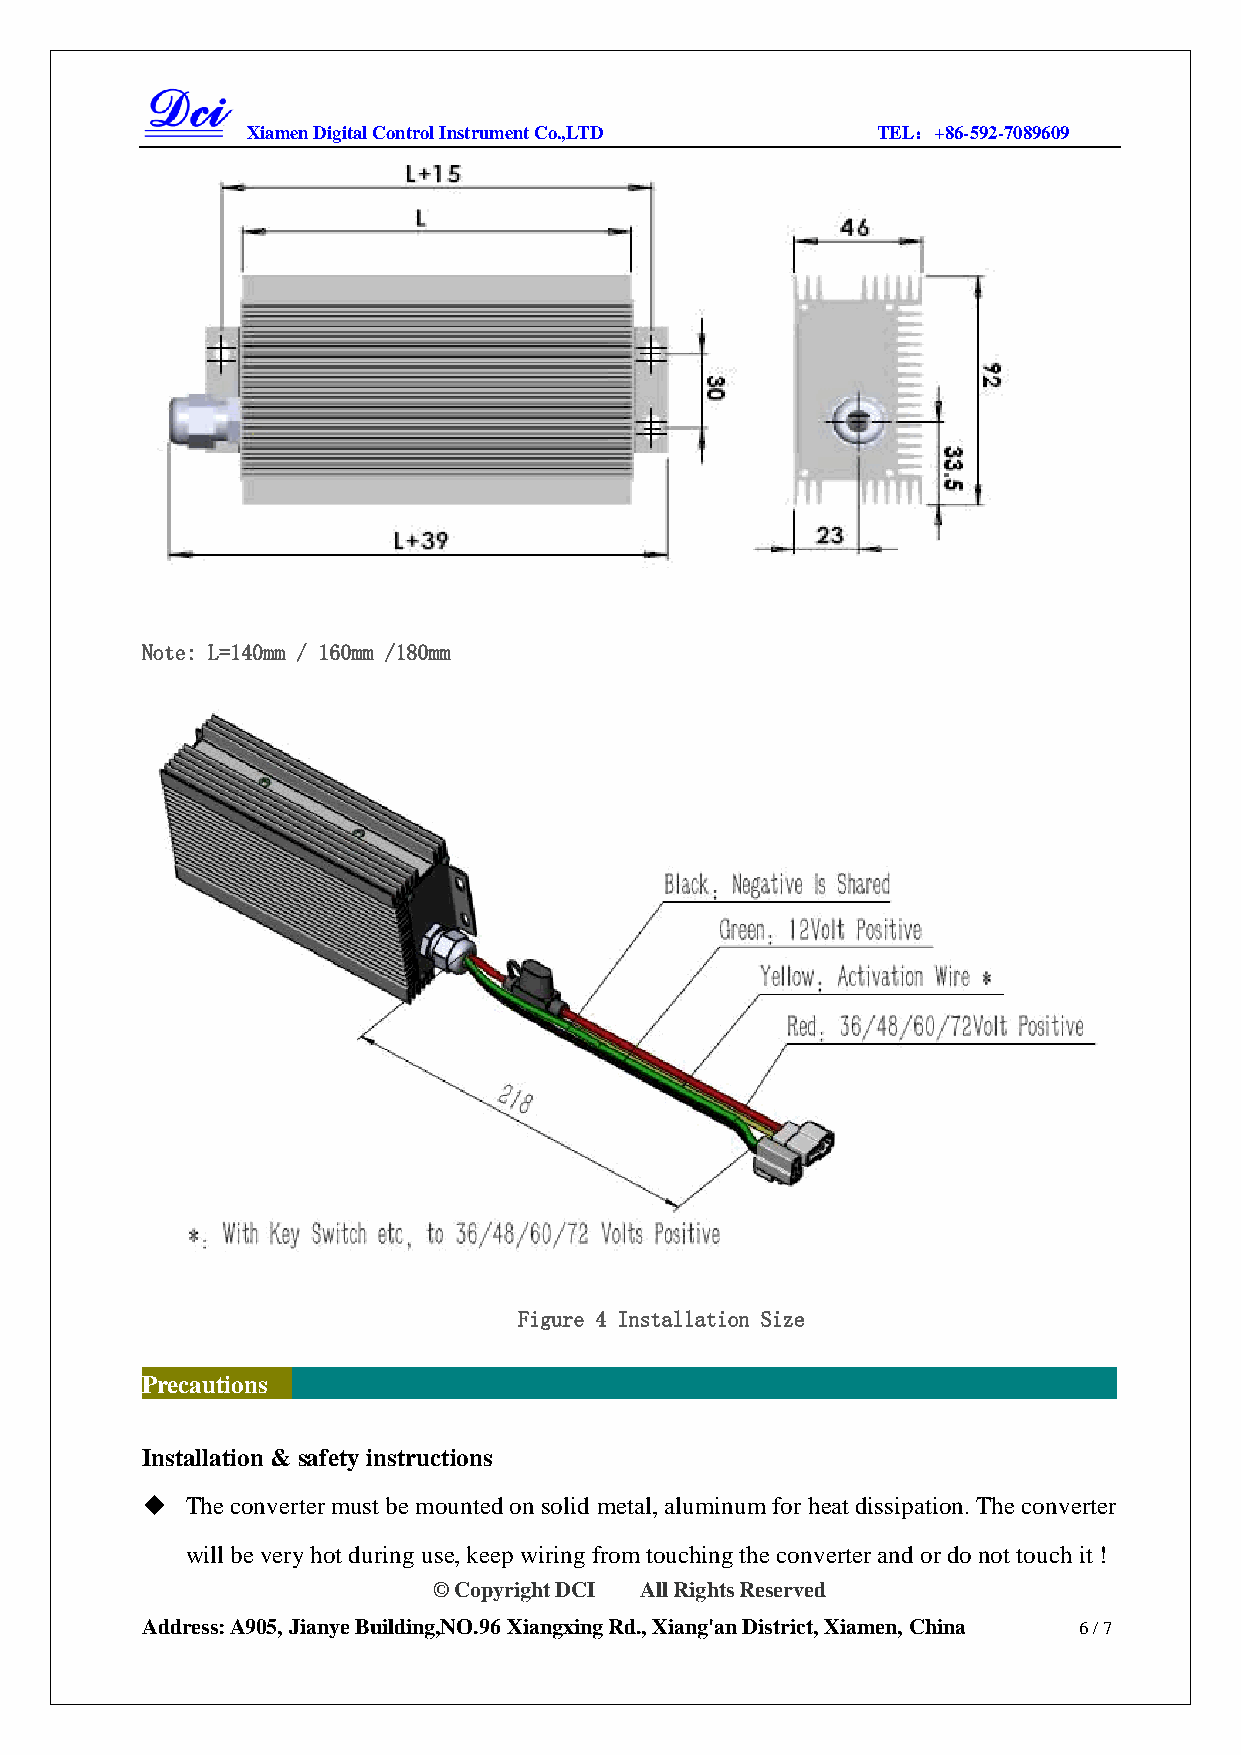
Xiamen Digital Control Instrument Co.,LTD TEL：+86-592-7089609
 Note: L=140mm / 160mm /180mm
 Figure 4 Installation Size
 Precautions
 Installation & safety instructions
   The converter must be mounted on solid metal, aluminum for heat dissipation. The converter
 will be very hot during use, keep wiring from touching the converter and or do not touch it !
 © Copyright DCI All Rights Reserved
 Address: A905, Jianye Building,NO.96 Xiangxing Rd., Xiang'an District, Xiamen, China 6 / 7